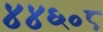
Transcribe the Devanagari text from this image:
४४६०८